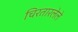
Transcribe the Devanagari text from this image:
चिरतारलेले